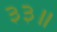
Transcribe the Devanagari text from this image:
३३॥